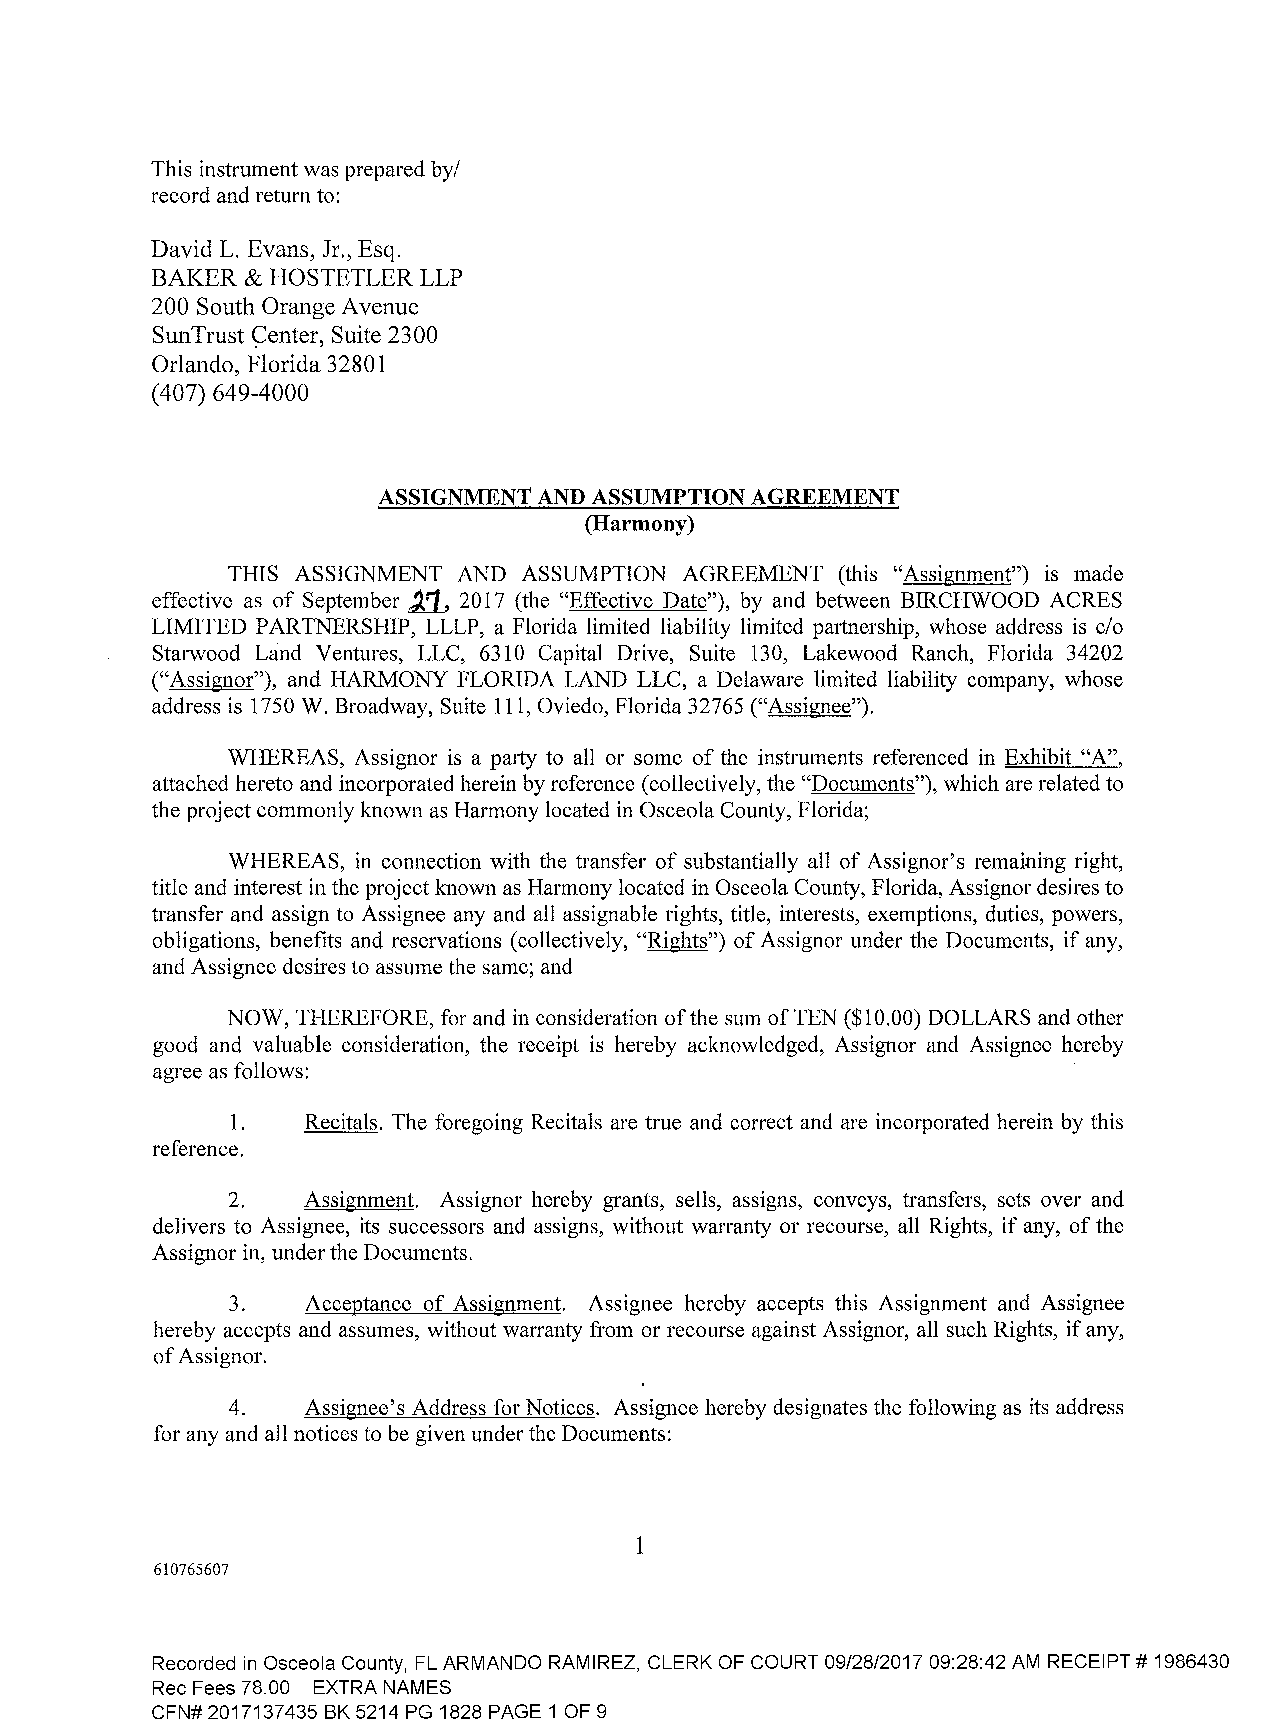
This instrument was prepared by/
 record and return to:
 David L. Evans, Jr., Esq.
 BAKER & HOSTETLER LLP
 200 South Orange A venue
 SunTrust ~enter, Suite 2300
 Orlando, Florida 32801
 (4 07) 649-4000
 ASSIGNMENT AND ASSUMPTION AGREEMENT
 (Harmony)
 THIS ASSIGNMEaNT AND ASSUMPTION AGREEMENT (this "Assignment") is made
 effective as of September 2017 (the "Effective Date"), by and between BIRCHWOOD ACRES
 LIMITED PARTNERSHIP, LLLP, a Florida limited liability limited partnership, whose address is c/o
 Starwood Land Ventures, LLC, 6310 Capital Drive, Suite 130, Lakewood Ranch, Florida 34202
 ("Assignor"), and HARMONY FLORIDA LAND LLC, a Delaware limited liability company, whose
 address is 1750 W. Broadway, Suite 111, Oviedo, Florida 32765 ("Assignee").
 WHEREAS, Assignor is a party to all or some of the instruments referenced in Exhibit "A",
 attached hereto and incorporated herein by reference ( collectively, the "Documents"), which are related to
 the project commonly known as Harmony located in Osceola County, Florida;
 WHEREAS, in connection with the transfer of substantially all of Assignor's remaining right,
 title and interest in the project known as Harmony located in Osceola County, Florida, Assignor desires to
 transfer and assign to Assignee any and all assignable rights, title, interests, exemptions, duties, powers,
 obligations, benefits and reservations (collectively, "Rights") of Assignor under the Documents, if any,
 and Assignee desires to assume the same; and
 NOW, THEREFORE, for and in consideration of the sum of TEN ($10.00) DOLLARS and other
 good and valuable consideration, the receipt is hereby aclmowledged, Assignor and Assignee hereby
 agree as follows:
 1.   Recitals. The foregoing Recitals are true and correct and are incorporated herein by this
 reference.
 2.   Assignment. Assignor hereby grants, sells, assigns, conveys, transfers, sets over and
 delivers to Assignee, its successors and assigns, without warranty or recourse, all Rights, if any, of the
 Assignor in, under the Documents.
 3.   Acceptance of Assignment. Assignee hereby accepts this Assignment and Assignee
 hereby accepts and assumes, without warranty from or recourse against Assignor, all such Rights, if any,
 of Assignor.
 4.   Assignee's Address for Notices. Assignee hereby designates the following as its address
 for any and all notices to be given under the Documents:
 1
 610765607
 Recorded in Osceola County, FL ARMANDO RAMIREZ, CLERK OF COURT 09/28/2017 09:28:42 AM RECEIPT# 1986430
 Rec Fees 78.00 EXTRA NAMES
 CFN# 2017137435 BK 5214 PG 1828 PAGE 1 OF 9